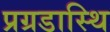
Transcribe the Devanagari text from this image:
प्रग्रडास्थि